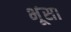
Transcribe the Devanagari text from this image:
भूंसा